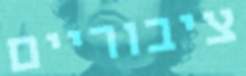
ציבוריים